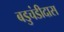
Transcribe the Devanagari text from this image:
बडुचंडीदास